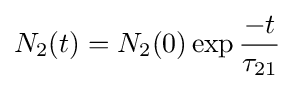
N_{2}(t)=N_{2}(0)\exp {\frac {-t}{\tau _{21}}}